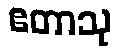
ဧတာသု